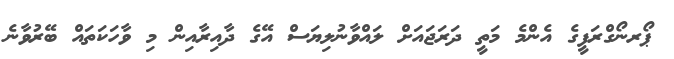
ޕޯރނޯގްރަފީގެ އެންމެ މަތީ ދަރަޖައަށް ލައްވާނުލިޔަސް އޭގެ ދާއިރާއިން މި ވާހަކަތައް ބޭރުވާނެ